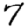
Digit: 7